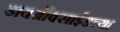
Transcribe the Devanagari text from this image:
डायऑक्साईडच्या